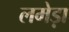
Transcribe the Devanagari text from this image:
लमेड़ा